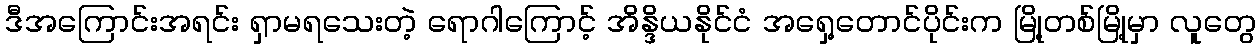
ဒီအကြောင်းအရင်း ရှာမရသေးတဲ့ ရောဂါကြောင့် အိန္ဒိယနိုင်ငံ အရှေ့တောင်ပိုင်းက မြို့တစ်မြို့မှာ လူတွေ